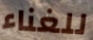
للغناء